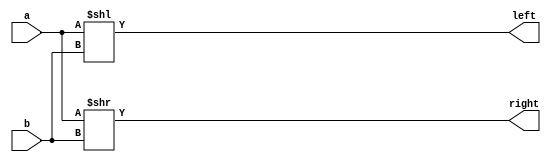
module LRShifter(a, b, left, right);
input [31:0]a;
input [4:0]b;
output [31:0]left;
output [31:0]right;

assign left = a << b[4:0];
assign right = a >> b[4:0];

endmodule